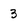
Character: 3